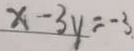
x - 3 y = - 3